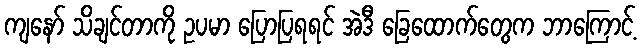
ကျနော် သိချင်တာကို ဥပမာ ပြောပြရရင် အဲဒီ ခြေထောက်တွေက ဘာကြောင့်